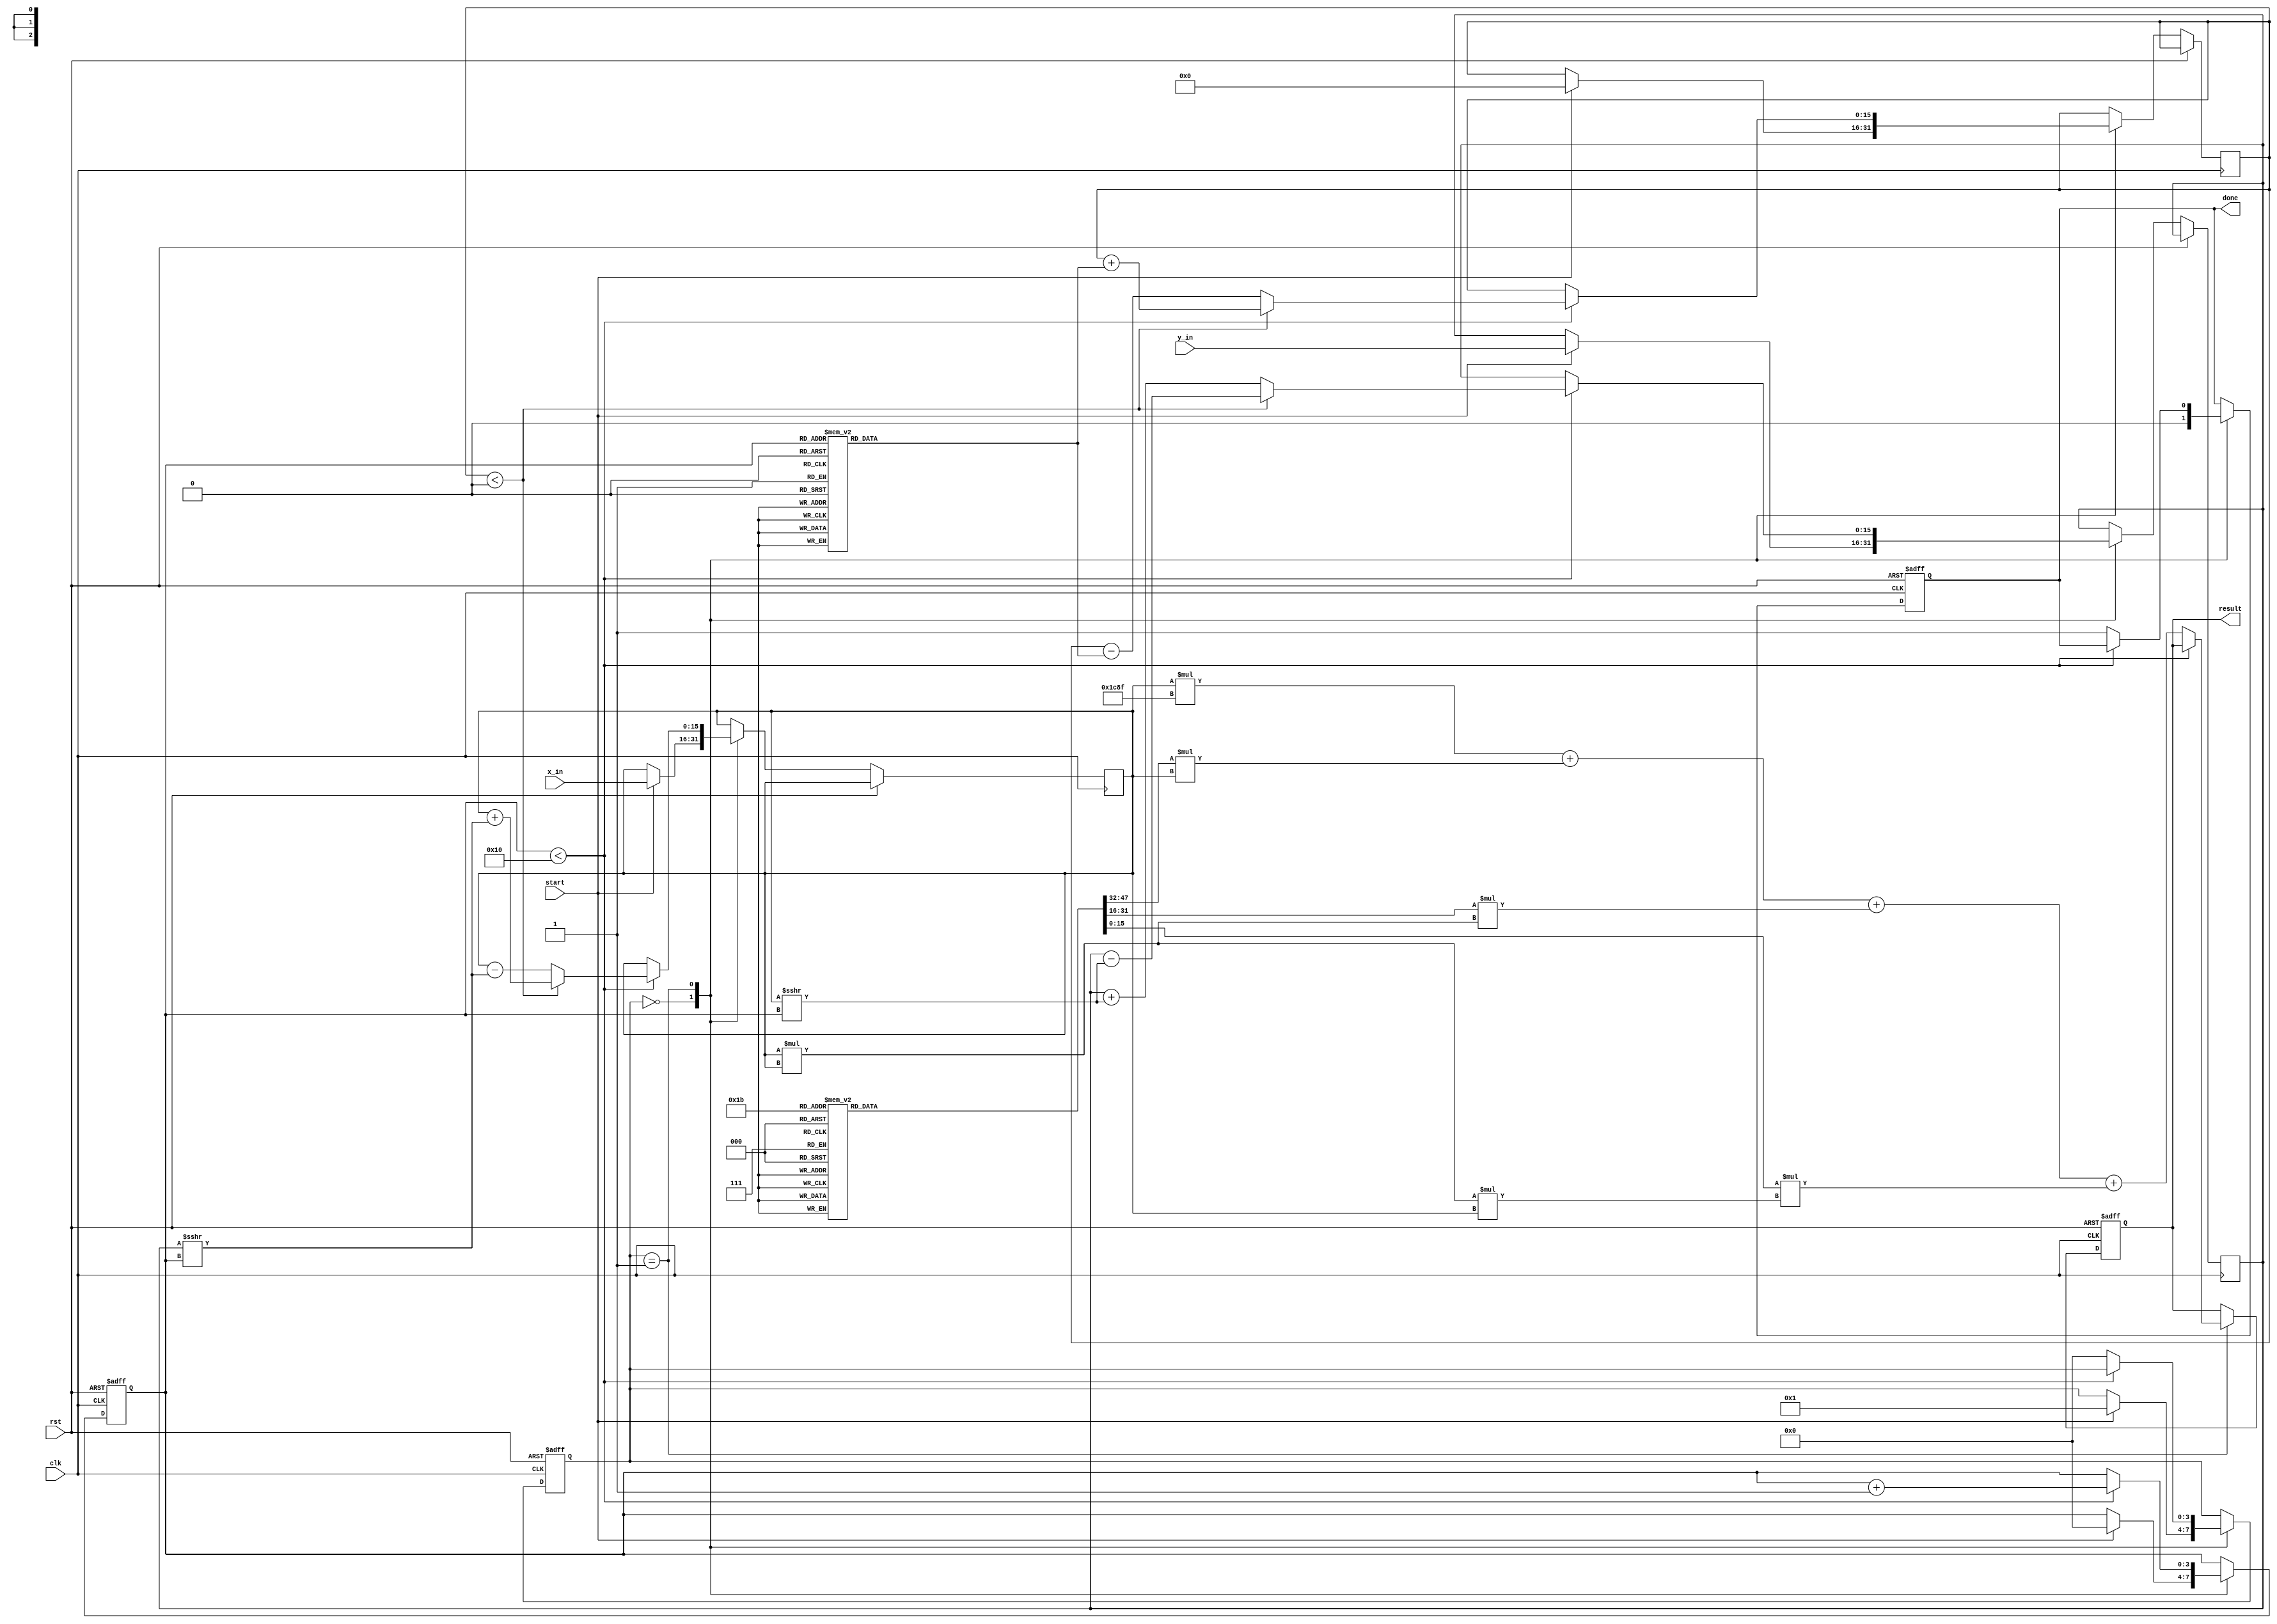
module cordic_polynomial_evaluator #(
    parameter DATA_WIDTH = 16, // Width of input and output data
    parameter POLY_DEGREE = 3  // Degree of polynomial (e.g., 3 for cubic)
)(
    input wire clk,
    input wire rst,
    input wire [DATA_WIDTH-1:0] x_in, // Input x
    input wire [DATA_WIDTH-1:0] y_in, // Input y
    input wire start, // Start signal
    output reg [DATA_WIDTH-1:0] result, // Result of polynomial evaluation
    output reg done // Done signal
);

    // CORDIC parameters
    localparam ITERATIONS = 16; // Number of iterations
    reg [DATA_WIDTH-1:0] x, y, z; // CORDIC variables
    reg [DATA_WIDTH-1:0] angle_table [0:ITERATIONS-1]; // Angle table
    reg [DATA_WIDTH-1:0] gain; // Gain compensation
    reg [3:0] state; // FSM state
    reg [3:0] iter_count; // Iteration counter
    reg [DATA_WIDTH-1:0] coeffs [0:POLY_DEGREE]; // Polynomial coefficients

    // Initialize angle table and polynomial coefficients
    initial begin
        // Example angles for CORDIC (arctan(1/2^n))
        angle_table[0] = 16'h2000; // 0.5 * pi
        angle_table[1] = 16'h1666; // 0.32175 * pi
        angle_table[2] = 16'h0D89; // 0.2449 * pi
        // ... Populate remaining entries

        // Example polynomial coefficients for f(x) = ax^3 + bx^2 + cx + d
        coeffs[0] = 16'h0001; // Coefficient for x^0
        coeffs[1] = 16'h0002; // Coefficient for x^1
        coeffs[2] = 16'h0003; // Coefficient for x^2
        coeffs[3] = 16'h0004; // Coefficient for x^3

        // Gain factor (for fixed-point representation)
        gain = 16'h1C8F; // Example gain value (should be calculated based on iterations)
    end

    // FSM for controlling CORDIC iterations
    always @(posedge clk or posedge rst) begin
        if (rst) begin
            state <= 0;
            iter_count <= 0;
            result <= 0;
            done <= 0;
        end else begin
            case (state)
                0: begin // IDLE
                    done <= 0;
                    if (start) begin
                        x <= x_in;
                        y <= y_in;
                        z <= 0; // Initialize z to 0
                        iter_count <= 0;
                        state <= 1; // Go to CORDIC computation
                    end
                end
                1: begin // CORDIC computation
                    if (iter_count < ITERATIONS) begin
                        // CORDIC rotation logic
                        if (z < 0) begin
                            // Perform rotation in clockwise direction
                            x <= x + (y >>> iter_count);
                            y <= y - (x >>> iter_count);
                            z <= z + angle_table[iter_count];
                        end else begin
                            // Perform rotation in counter-clockwise direction
                            x <= x - (y >>> iter_count);
                            y <= y + (x >>> iter_count);
                            z <= z - angle_table[iter_count];
                        end
                        iter_count <= iter_count + 1; // Next iteration
                    end else begin
                        // Apply gain compensation
                        result <= (x * gain) + (coeffs[1] * x) + (coeffs[2] * (x * x)) + (coeffs[3] * (x * x * x));
                        done <= 1; // Indicate completion
                        state <= 0; // Return to IDLE state
                    end
                end
            endcase
        end
    end

endmodule